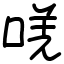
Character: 唴